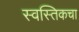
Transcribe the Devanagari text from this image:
स्वस्तिकचा